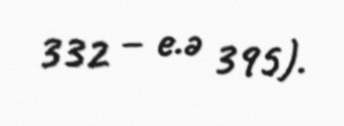
332 – e.ə 395).